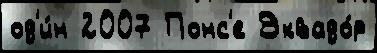
од'и́н 2007 Понс'е Эквадо́р